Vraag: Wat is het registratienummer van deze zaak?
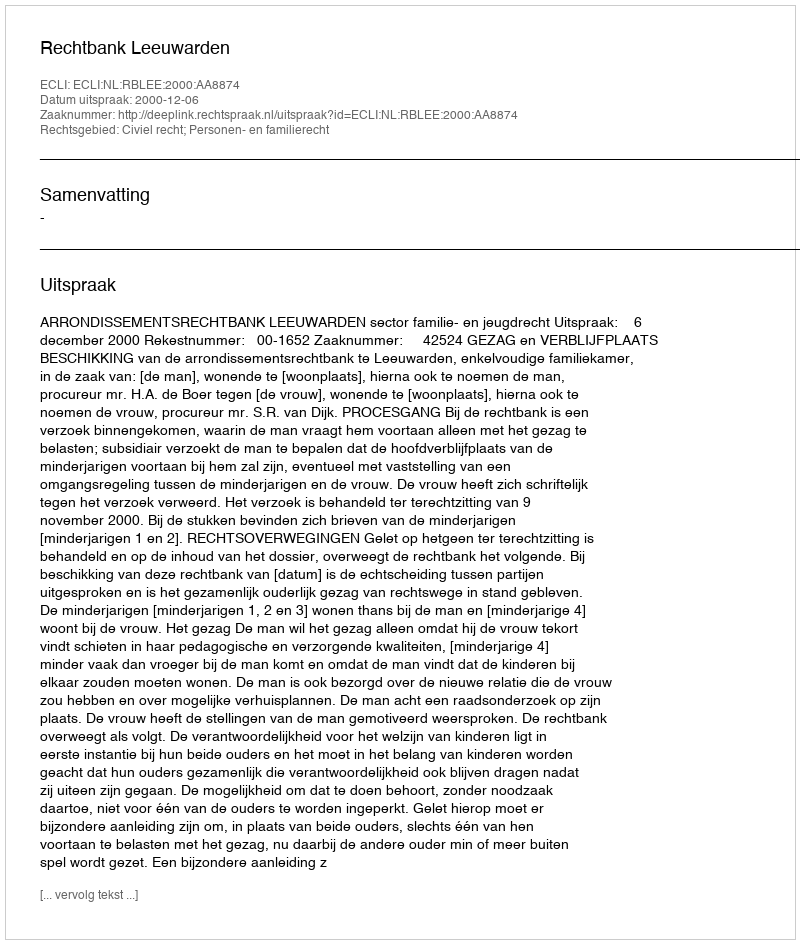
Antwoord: http://deeplink.rechtspraak.nl/uitspraak?id=ECLI:NL:RBLEE:2000:AA8874